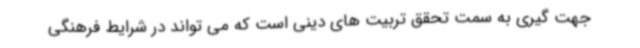
جهت گیری به سمت تحقق تربیت های دینی است که می تواند در شرایط فرهنگی